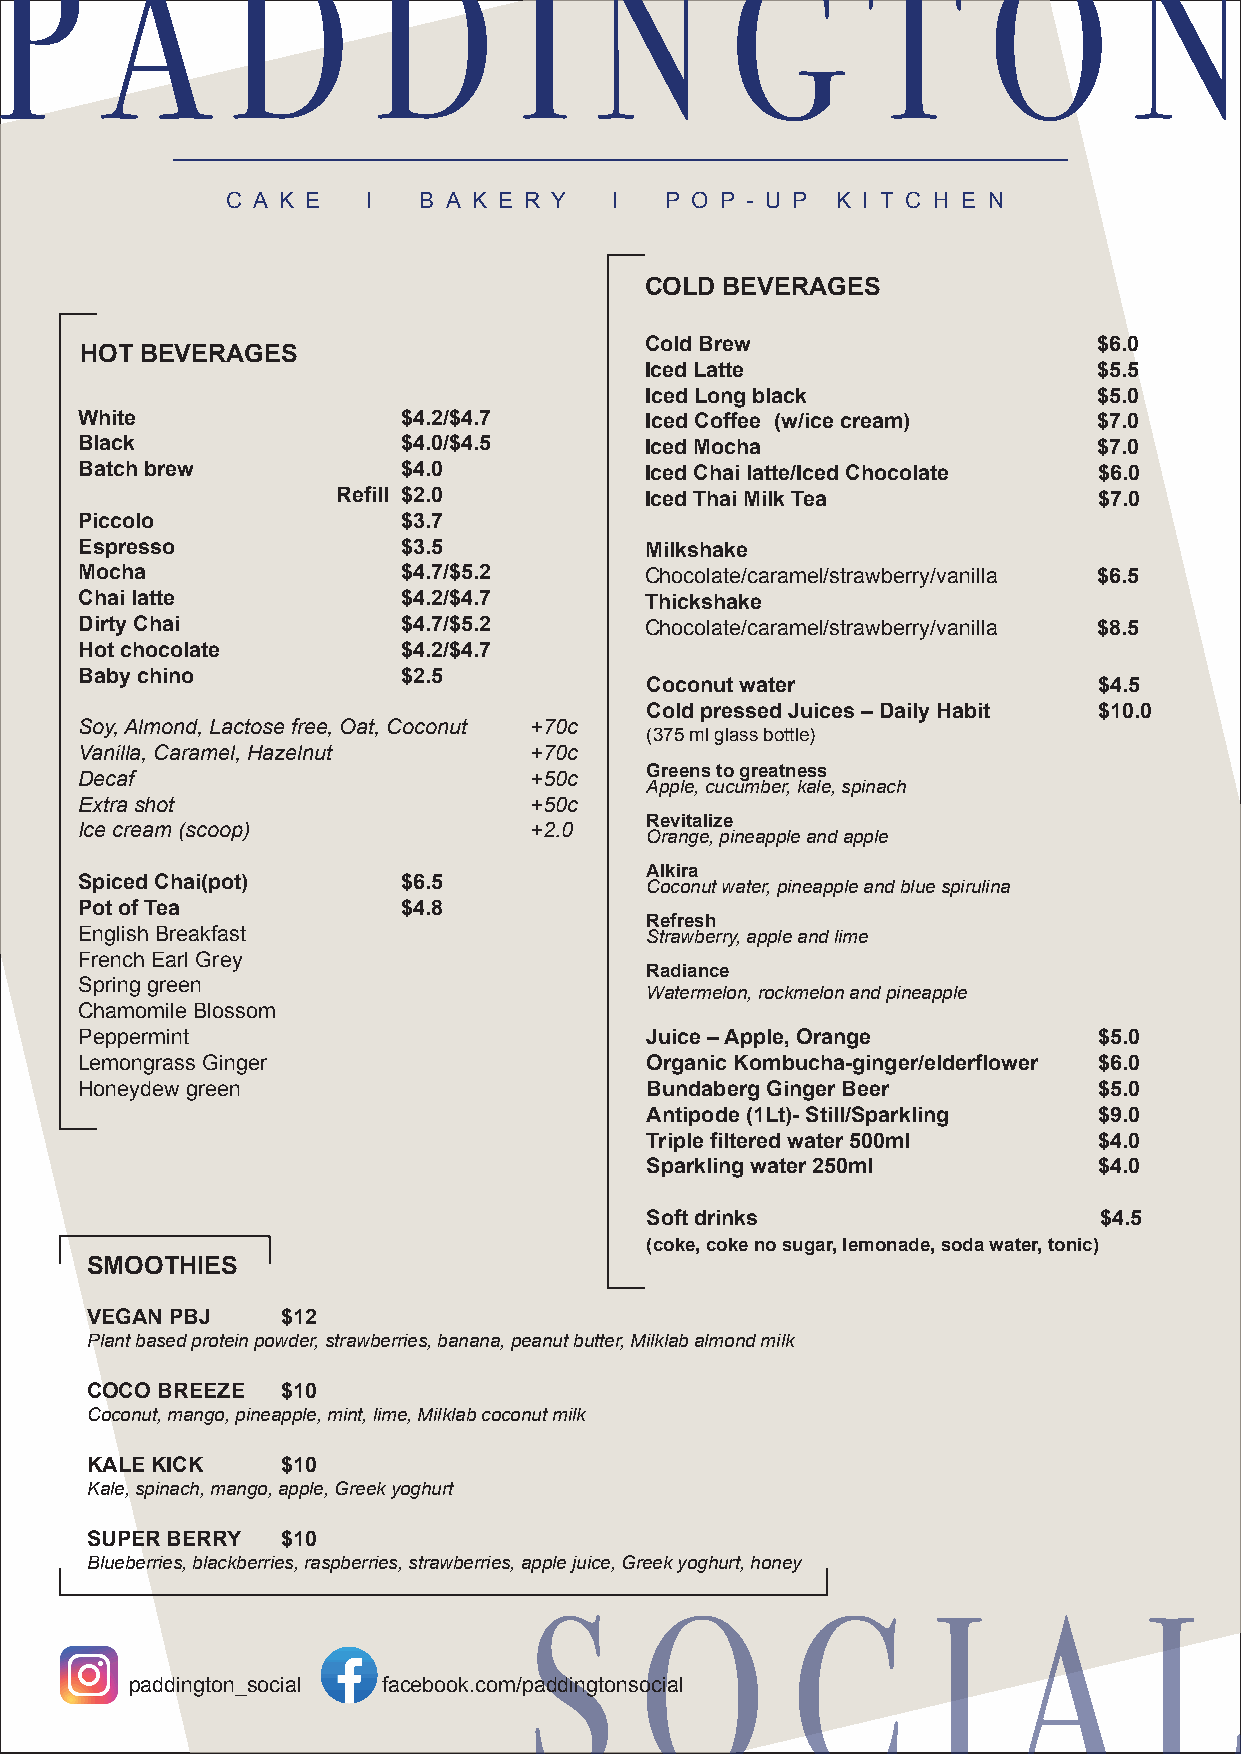
P      A       D         D        I    N        G        T       O         N
 C A K E  l   B A K E R Y  l  P O P - U P K I T C H E N
 COLD BEVERAGES
 Cold Brew                     $6.0
 HOT BEVERAGES
 Iced Latte                    $5.5
 Iced Long black               $5.0
 White                 $4.2/$4.7       Iced Coffee (w/ice cream)     $7.0
 Black                 $4.0/$4.5       Iced Mocha                    $7.0
 Batch brew            $4.0            Iced Chai latte/Iced Chocolate $6.0
 Refill $2.0          Iced Thai Milk Tea            $7.0
 Piccolo               $3.7
 Espresso              $3.5            Milkshake
 Mocha                 $4.7/$5.2       Chocolate/caramel/strawberry/vanilla $6.5
 Chai latte            $4.2/$4.7       Thickshake
 Dirty Chai            $4.7/$5.2       Chocolate/caramel/strawberry/vanilla $8.5
 Hot chocolate         $4.2/$4.7
 Baby chino            $2.5
 C o conut water               $4.5
 Cold pressed Juices – Daily Habit $10.0
 Soy, Almond, Lactose free, Oat, Coconut +70c
 (375 ml glass bottle)
 Vanilla, Caramel, Hazelnut    +70c
 Greens to greatness
 Decaf                         +50c
 Apple, cucumber, kale, spinach
 Extra shot                    +50c
 Revitalize
 Ice cream (scoop)             +2.0
 Orange, pineapple and apple
 Alkira
 Spiced Chai(pot)      $6.5
 Coconut water, pineapple and blue spirulina
 Pot of Tea            $4.8
 Refresh
 English Breakfast                     Strawberry, apple and lime
 French Earl Grey
 Radiance
 Spring green
 Watermelon, rockmelon and pineapple
 Chamomile Blossom
 Peppermint                            Juice – Apple, Orange         $5.0
 Lemongrass Ginger                     Organic Kombucha-ginger/elderflower $6.0
 Honeydew green                        Bundaberg Ginger Beer         $5.0
 Antipode (1Lt)- Still/Sparkling $9.0
 Triple filtered water 500ml   $4.0
 Sparkling water 250ml         $4.0
 Soft drinks                   $4.5
 (coke, coke no sugar, lemonade, soda water, tonic)
 SMOOTHIES
 VEGAN PBJ    $12
 Plant based protein powder, strawberries, banana, peanut butter, Milklab almond milk
 COCO BREEZE  $10
 Coconut, mango, pineapple, mint, lime, Milklab coconut milk
 KALE KICK    $10
 Kale, spinach, mango, apple, Greek yoghurt
 SUPER BERRY  $10
 Blueberries, blackberries, raspberries, strawberries, apple juice, Greek yoghurt, honey
 S      O         C         I    A        L
 paddington_social facebook.com/paddingtonsocial